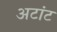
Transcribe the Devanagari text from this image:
अटांट